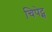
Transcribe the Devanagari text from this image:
चिपेट्स